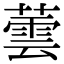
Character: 蕓